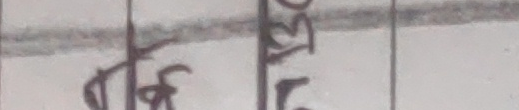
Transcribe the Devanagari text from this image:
१२० १३०